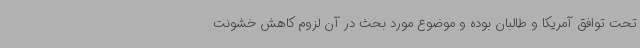
تحت توافق آمریکا و طالبان بوده و موضوع مورد بحث در آن لزوم کاهش خشونت